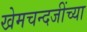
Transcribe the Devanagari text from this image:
खेमचन्दजींच्या